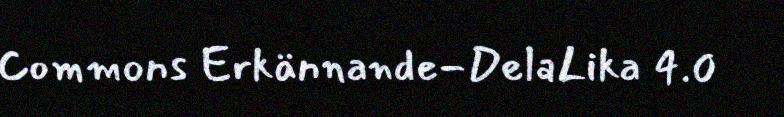
Commons Erkännande-DelaLika 4.0